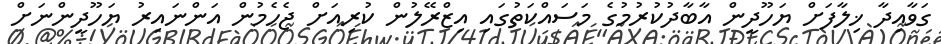
ގަވާއިދާ ޚިލާފަށް ޔަހޫދީން އާބާދުކުރުމުގެ މަސައްކަތުގައި އިޒްރޭލުން ކުރިއަށް ޖެހެމުން އަންނައިރު ޔަހޫދީންނަށް